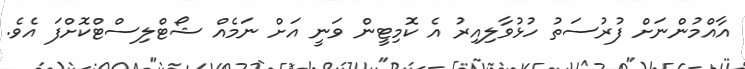
އާއްމުންނަށް ފުރުސަތު ހުޅުވާލިއިރު އެ ކޮމިޓީން ވަނީ އަށް ނަމެއް ޝޯޓްލިސްޓްކޮށްފަ އެވެ.